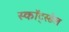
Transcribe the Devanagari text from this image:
स्कॉट्स्डेल